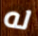
له